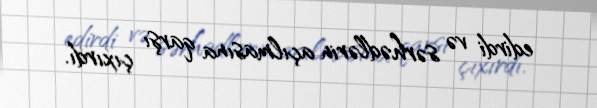
edirdi və sərhədlərin açılmasına qarşı çıxırdı.